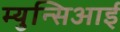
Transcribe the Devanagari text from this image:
म्युन्सिआई